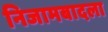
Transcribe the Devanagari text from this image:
निजामबादला